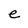
Character: e